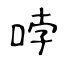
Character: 哱